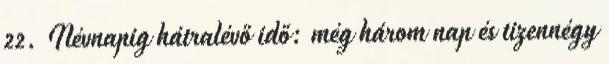
22. Névnapig hátralévő idő: még három nap és tizennégy